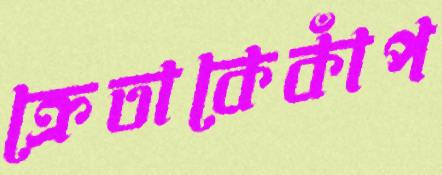
ক্রেতাকেকাঁপ